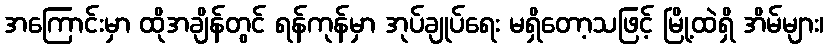
အကြောင်းမှာ ထိုအချိန်တွင် ရန်ကုန်မှာ အုပ်ချုပ်ရေး မရှိတော့သဖြင့် မြို့ထဲရှိ အိမ်များ၊